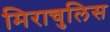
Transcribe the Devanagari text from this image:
मिराचुलिस